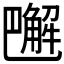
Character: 𧤭